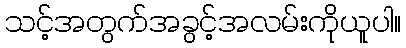
သင့်အတွက်အခွင့်အလမ်းကိုယူပါ။